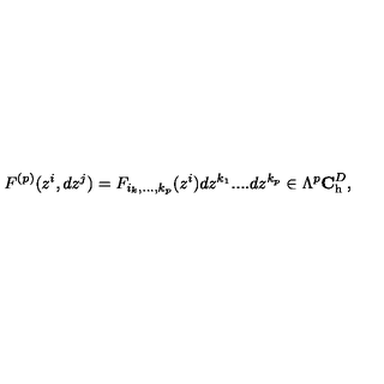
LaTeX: F ^ { ( p ) } ( z ^ { i } , d z ^ { j } ) = F _ { i _ { k } , . . . , k _ { p } } ( z ^ { i } ) d z ^ { k _ { 1 } } . . . . d z ^ { k _ { p } } \in \Lambda ^ { p } { \bf C } _ { \mathrm { h } } ^ { D } ,